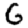
Digit: 6